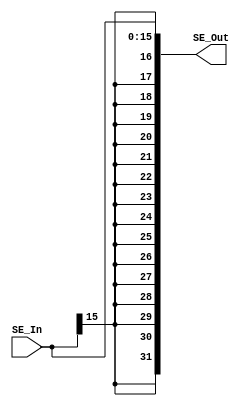
`timescale 1ns / 1ps
//*******************************************************//
// This document contains information proprietary        //
// to the CSULB student that created the                 //
// file - any reuse without adequate approval and        //
// documentation is prohibited                           //
//                                                       //
// Class:      <CECS 440>                                //
// Project:    <Sign Extend>                             //
//                                                       //
// Created by  Sam P., Jose S. and Jose P.               //
//                                                       //
// Abstract:                                             //
//                                                       //
// In submitting this file for class work at CSULB       //
// I am confirming that this is my work and the work     //
// of no one else.                                       // 
//                                                       //
// In the event other code source are utilized I will    //
// document which portion og code and who is the author  //
//                                                       //
// In submitting this code I acknowledge that plagiarism //
// in student project work is subject to dismissal from  //
// the class                                             //
//*******************************************************//
module SignExtend_16to32(SE_In, SE_Out);

     input     [15:0]    SE_In;
     
     output    [31:0]    SE_Out;
     
     reg       [31:0]    SE_Out;
     
     always @(*)
          begin
               SE_Out <= {{16{SE_In[15]}},{SE_In[15:0]}};
          end
endmodule